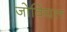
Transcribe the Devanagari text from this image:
जोवियल